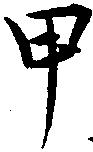
甲